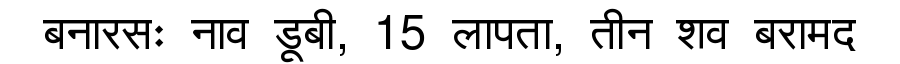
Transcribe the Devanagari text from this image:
बनारसः नाव डूबी, 15 लापता, तीन शव बरामद